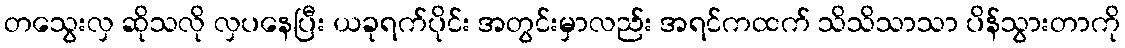
တသွေးလှ ဆိုသလို လှပနေပြီး ယခုရက်ပိုင်း အတွင်းမှာလည်း အရင်ကထက် သိသိသာသာ ပိန်သွားတာကို